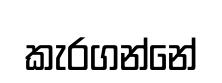
කැරගන්නේ